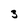
Character: 3